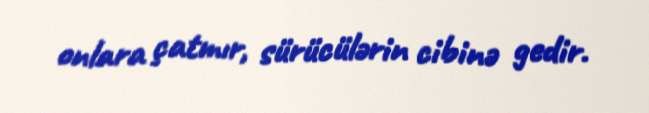
onlara çatmır, sürücülərin cibinə gedir.